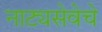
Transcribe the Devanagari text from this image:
नाट्यसेवेचे